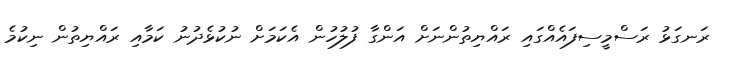
ރަނގަޅު ރަސްމީސިފައެއްގައި ރައްޔިތުންނަށް އަންގާ ފުލުހުން އެކަމަށް ނުކުޅެދުނު ކަމާއި ރައްޔިތުން ނިކުމެ